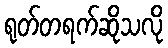
ရုတ်တရက်ဆိုသလို